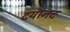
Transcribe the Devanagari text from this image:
दयांनद